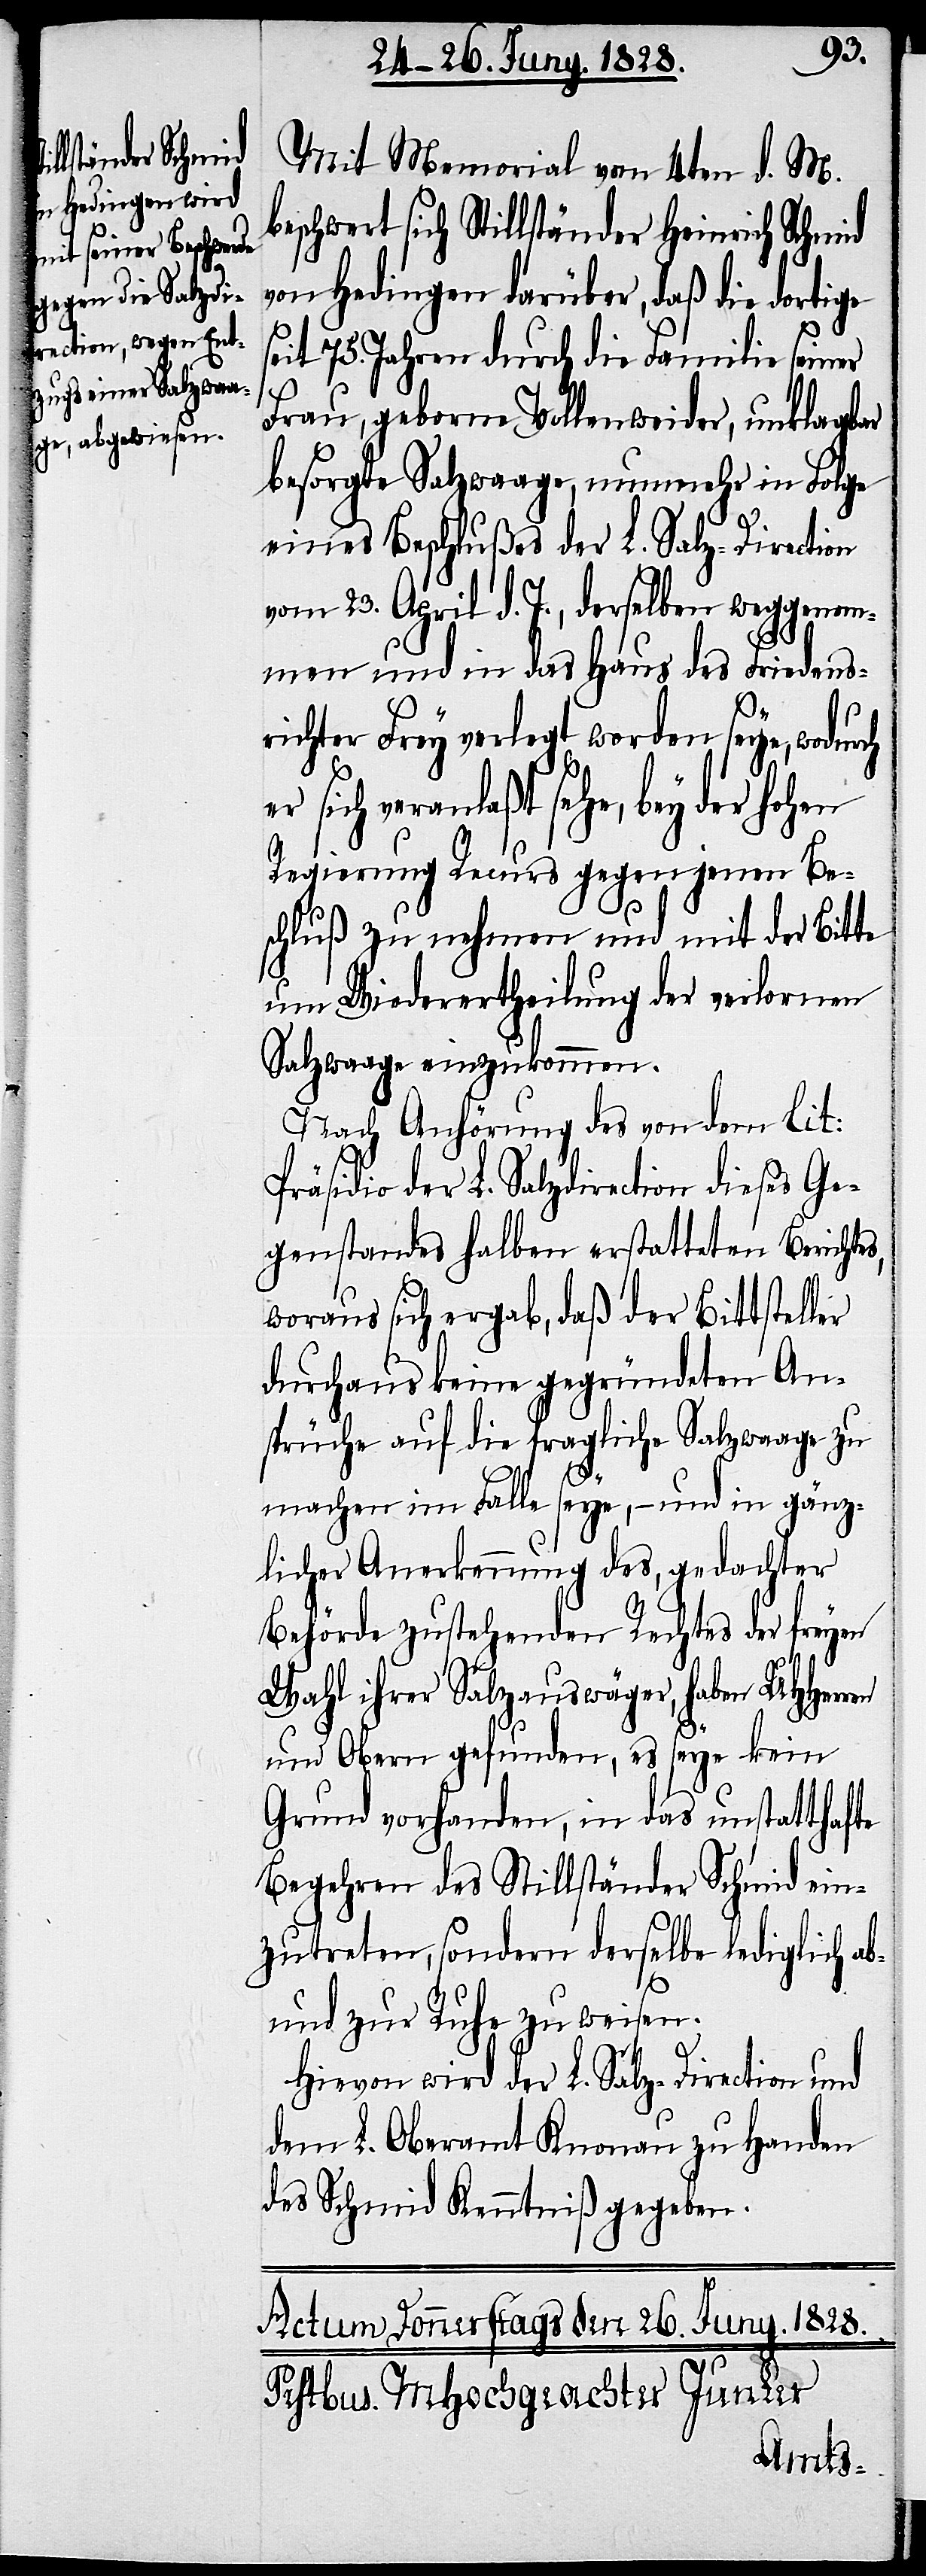
Mit Memorial vom 4ten d. M.
eschwert sich Stillständer Heinrich Schmid
von Hedingen darüber, daß die dortige
eit 75. Jahren durch die Familie seiner
ren
Frau, geborne Vollenweider, unklagbar
besorgte Salzwaage, nunmehr in Folge
eines Beschlußes der L. Salz-Direction
vom 23. April d. J., derselben weggenom¬
men und in das Haus des Friedens¬
richter Frey verlegt worden seye, wodur¬
sich veranlaßt sehe, bey der hohen
Regierung Recurs gegen jenen Be¬
schluß zu nehmen und mit der Bitte
um Wiederertheilung der verlornen
Salzwaage einzukommen.
Nach Anhörung des von dem lit:
Präsidio der L. Salzdirection dieses Ge¬
genstandes halben erstatteten Berichtes,
woraus sich ergab, daß der Bittsteller
durchaus keine gegründeten An¬
sprüche auf die fragliche Salzwaage zu
machen im Falle seye, – und in gänz¬
licher Anerkennung des, gedachter
Behörde zustehenden Rechtes der freyen
Wahl ihrer Salzauswäger, haben UHHer¬
und Obern gefunden, es seye kein
Grund vorhanden, in das unstatthafte
Begehren des Stillständer Schmid ein¬
zutreten, sondern derselbe lediglich ab-
und zur Ruhe zu weisen.
ch
Hievon wird der L. Salz-Direction und
dem L. Oberamt Knonau zu Handen
des Schmid Kenntniß gegeben.